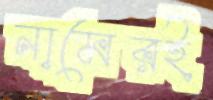
নামেরই